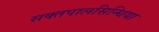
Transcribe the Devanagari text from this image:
सक्तपालसिन्धिया